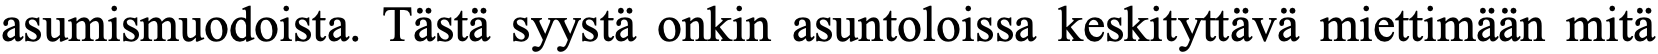
asumismuodoista. Tästä syystä onkin asuntoloissa keskityttävä miettimään mitä